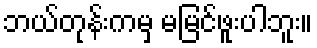
ဘယ်တုန်းကမှ မမြင်ဖူးပါဘူး။